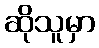
ဆိုသူမှာ